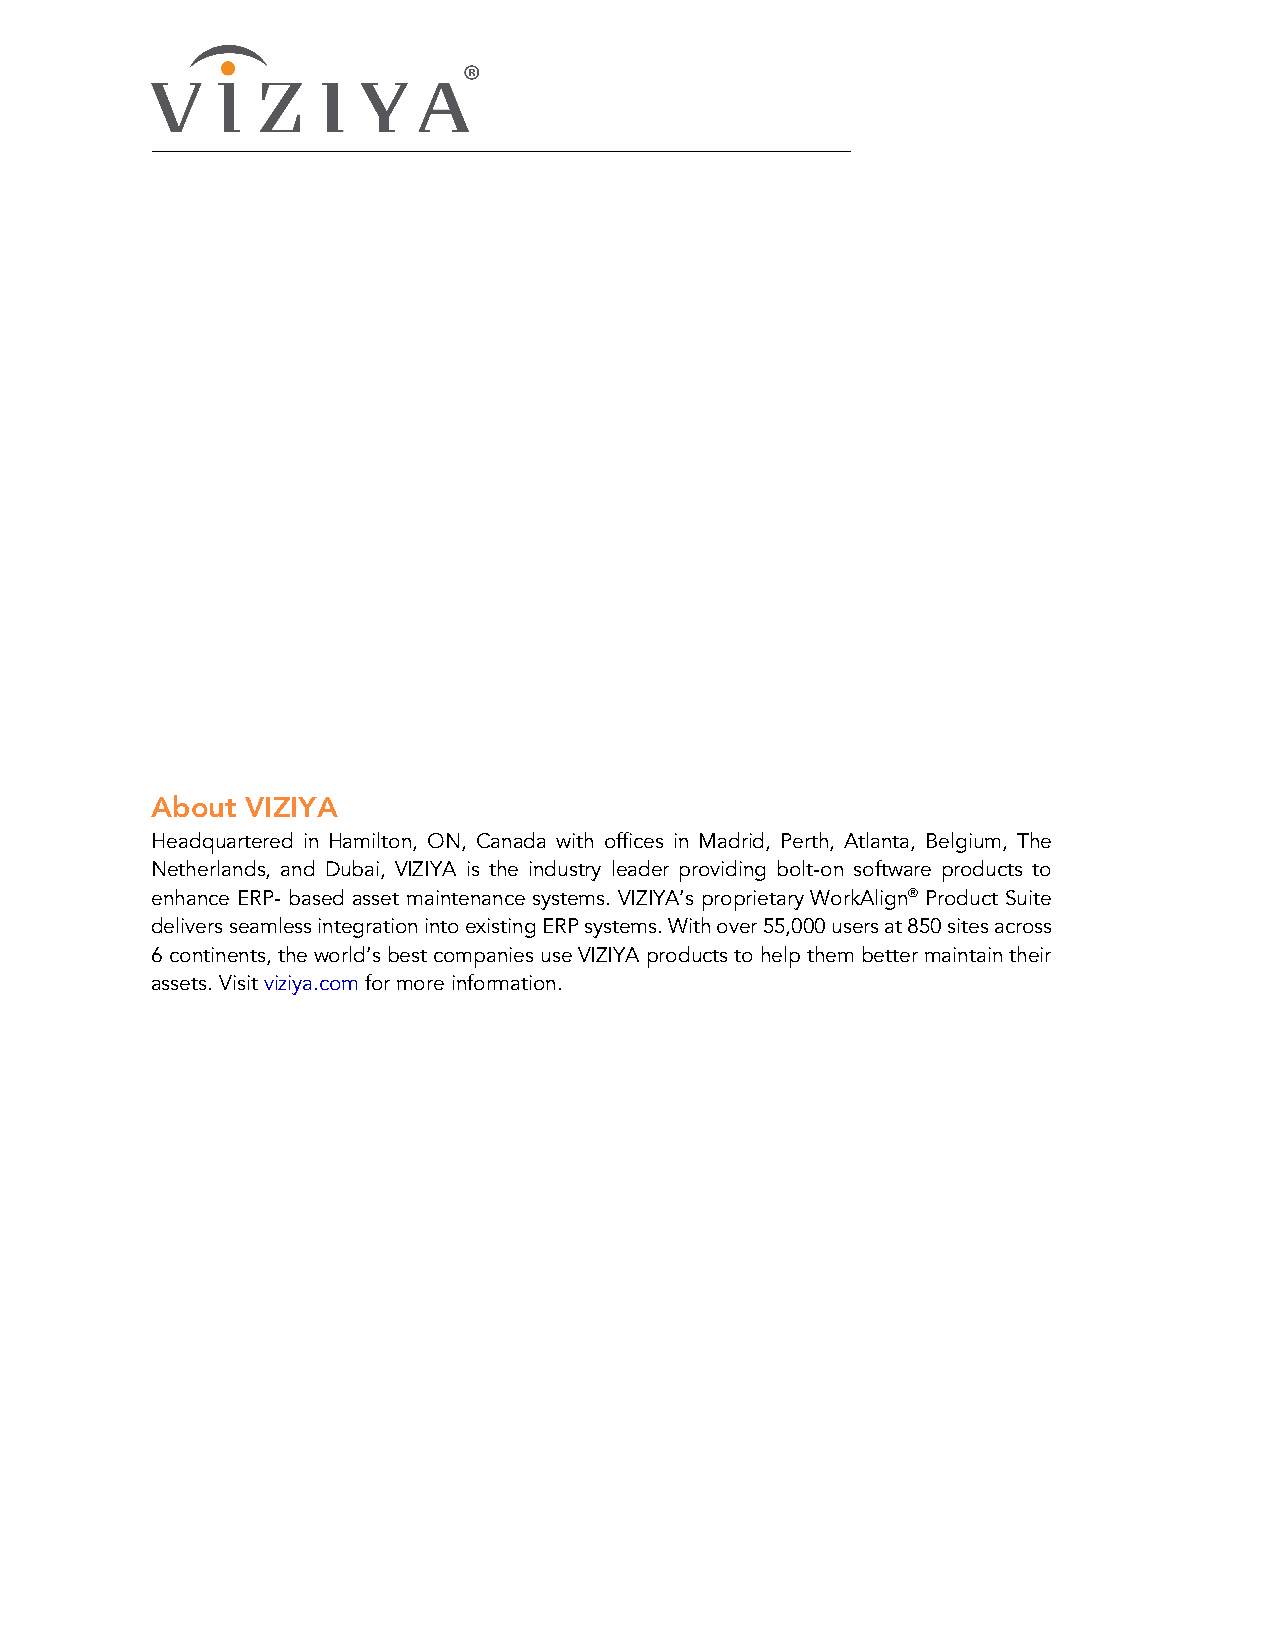
About VIZIYA
 Headquartered in Hamilton, ON, Canada with offices in Madrid, Perth, Atlanta, Belgium, The
 Netherlands, and Dubai, VIZIYA is the industry leader providing bolt-on software products to
 enhance ERP- based asset maintenance systems. VIZIYA’s proprietary WorkAlign® Product Suite
 delivers seamless integration into existing ERP systems. With over 55,000 users at 850 sites across
 6 continents, the world’s best companies use VIZIYA products to help them better maintain their
 assets. Visit viziya.com for more information.